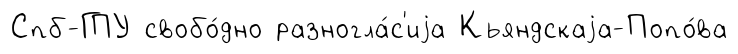
Спб-ГПУ свобо́дно разногла́с'иjа Кьяндскаjа-Попо́ва